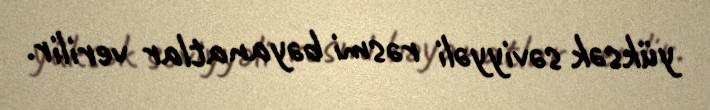
yüksək səviyyəli rəsmi bəyanatlar verilir.